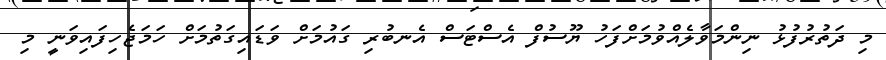
މި ދަތުރުފުޅު ނިންމަވާލެއްވުމަށްފަހު ޔޫސުފް އެސްޓަސް އެނބުރި ގައުމަށް ވަޑައިގަތުމަށް ހަމަޖެހިފައިވަނީ މި